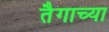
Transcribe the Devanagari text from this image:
तैगाच्या